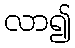
လာ၍